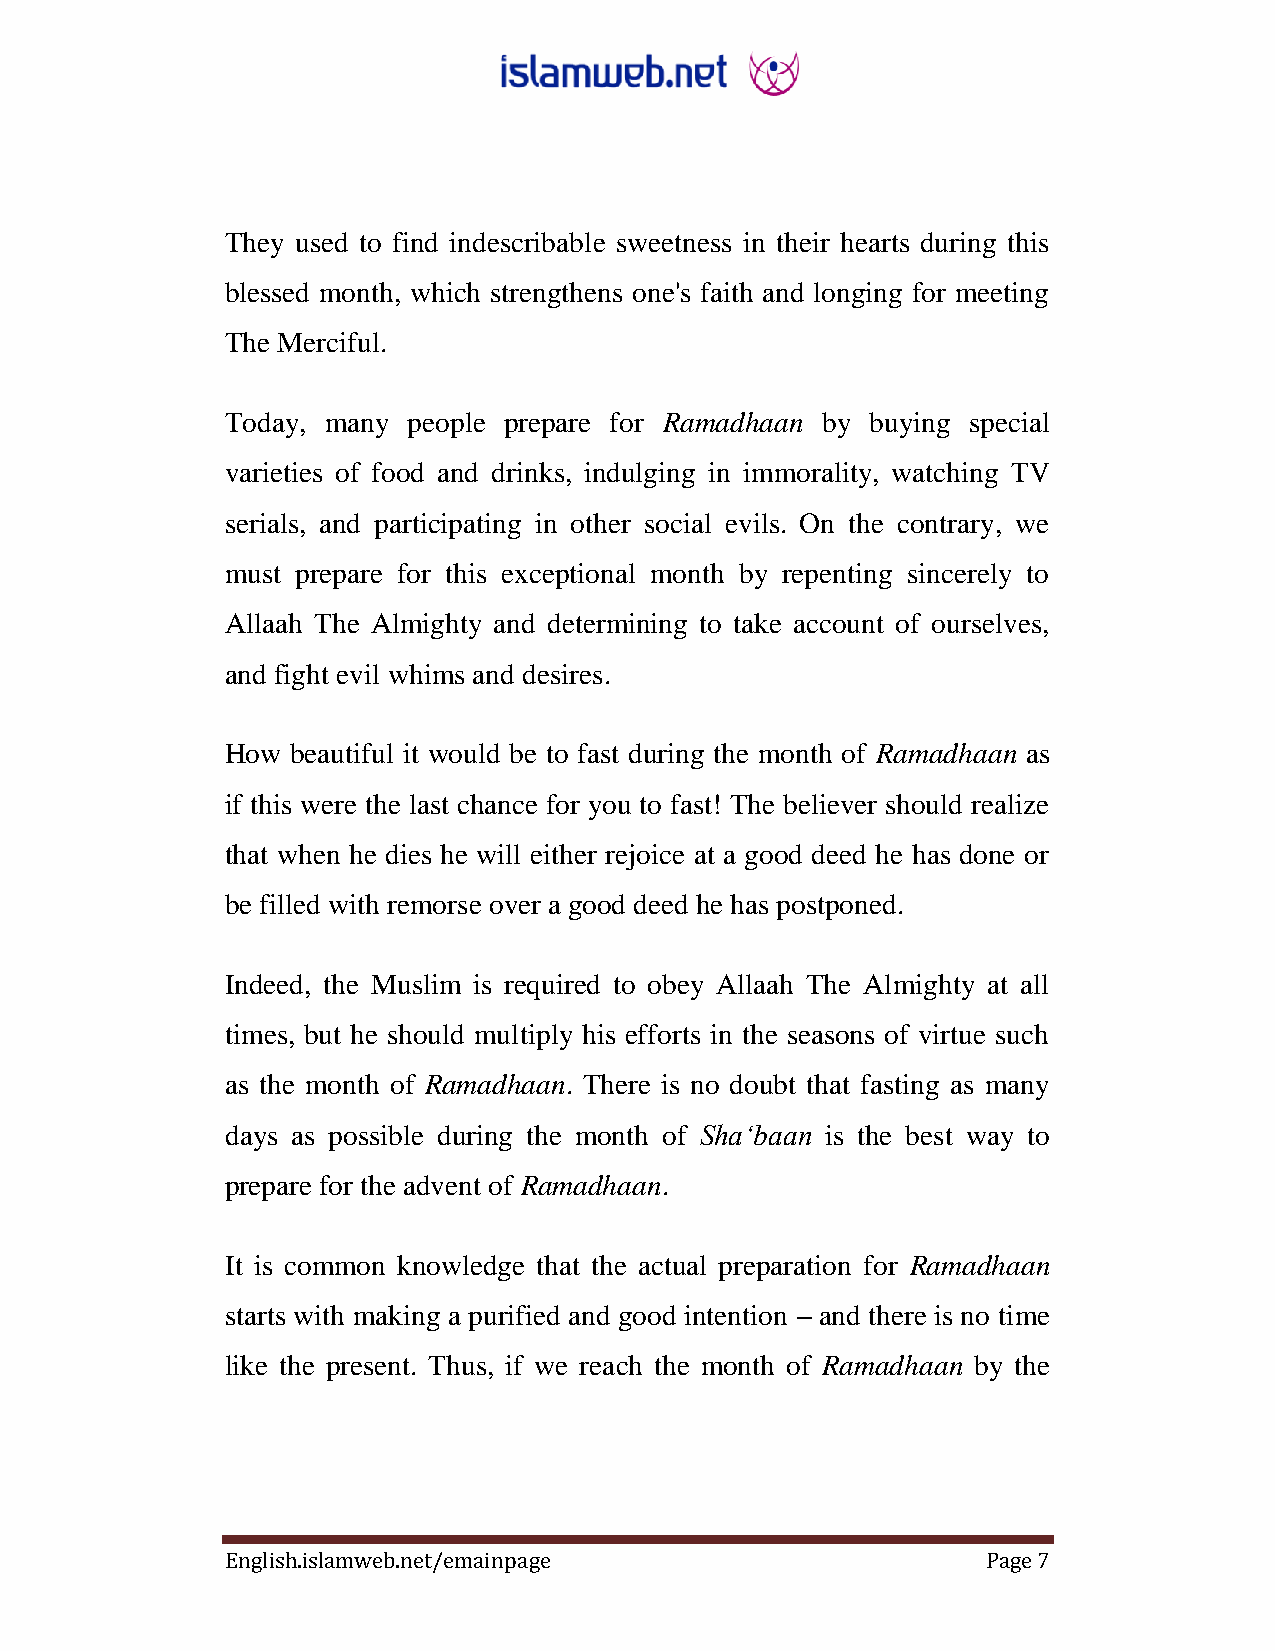
They used to find indescribable sweetness in their hearts during this
 blessed month, which strengthens one's faith and longing for meeting
 The Merciful.
 Today, many people prepare for Ramadhaan by buying special
 varieties of food and drinks, indulging in immorality, watching TV
 serials, and participating in other social evils. On the contrary, we
 must prepare for this exceptional month by repenting sincerely to
 Allaah The Almighty and determining to take account of ourselves,
 and fight evil whims and desires.
 How beautiful it would be to fast during the month of Ramadhaan as
 if this were the last chance for you to fast! The believer should realize
 that when he dies he will either rejoice at a good deed he has done or
 be filled with remorse over a good deed he has postponed.
 Indeed, the Muslim is required to obey Allaah The Almighty at all
 times, but he should multiply his efforts in the seasons of virtue such
 as the month of Ramadhaan. There is no doubt that fasting as many
 days as possible during the month of Sha„baan ‎is the best way to
 prepare for the advent of Ramadhaan.
 It is common knowledge that the actual preparation for Ramadhaan
 starts with making a purified and good intention – and there is no time
 like the present. Thus, if we reach the month of Ramadhaan by the
 English.islamweb.net/emainpage                    Page 7